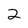
Character: 2